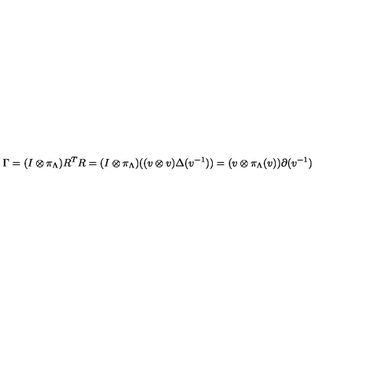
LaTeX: \Gamma = ( I \otimes \pi _ { \Lambda } ) R ^ { T } R = ( I \otimes \pi _ { \Lambda } ) ( ( v \otimes v ) \Delta ( v ^ { - 1 } ) ) = ( v \otimes \pi _ { \Lambda } ( v ) ) \partial ( v ^ { - 1 } )